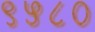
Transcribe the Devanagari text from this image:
९५८०